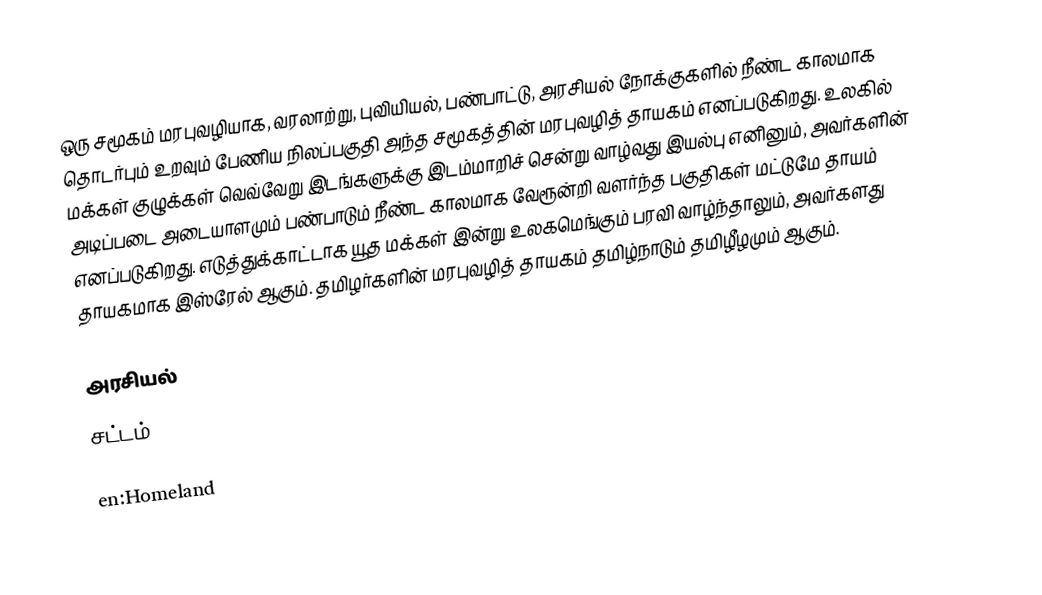
ஒரு சமூகம் மரபுவழியாக, வரலாற்று, புவியியல், பண்பாட்டு, அரசியல் நோக்குகளில் நீண்ட காலமாக தொடர்பும் உறவும் பேணிய நிலப்பகுதி அந்த சமூகத்தின் மரபுவழித் தாயகம் எனப்படுகிறது.  உலகில் மக்கள் குழுக்கள் வெவ்வேறு இடங்களுக்கு இடம்மாறிச் சென்று வாழ்வது இயல்பு எனினும், அவர்களின் அடிப்படை அடையாளமும் பண்பாடும் நீண்ட காலமாக வேரூன்றி வளர்ந்த பகுதிகள் மட்டுமே தாயம் எனப்படுகிறது.  எடுத்துக்காட்டாக யூத மக்கள் இன்று உலகமெங்கும் பரவி வாழ்ந்தாலும், அவர்களது தாயகமாக இஸ்ரேல் ஆகும்.  தமிழர்களின் மரபுவழித் தாயகம் தமிழ்நாடும் தமிழீழமும் ஆகும்.

அரசியல்
சட்டம்

en:Homeland